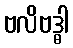
ဗလိဗဒ္ဓါ